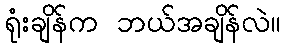
ရုံးချိန်က ဘယ်အချိန်လဲ။